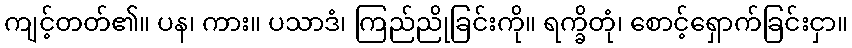
ကျင့်တတ်၏။ ပန၊ ကား။ ပသာဒံ၊ ကြည်ညိုခြင်းကို။ ရက္ခိတုံ၊ စောင့်ရှောက်ခြင်းငှာ။